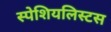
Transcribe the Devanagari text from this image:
स्पेशियलिस्टस